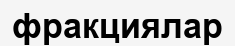
фракциялар